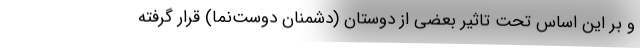
و بر این اساس تحت‌ تاثیر بعضی از دوستان (دشمنان دوست‌نما) قرار گرفته